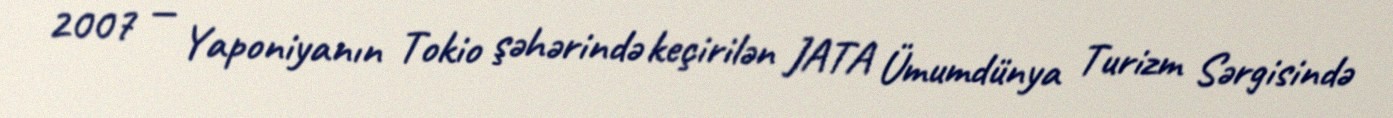
2007 — Yaponiyanın Tokio şəhərində keçirilən JATA Ümumdünya Turizm Sərgisində